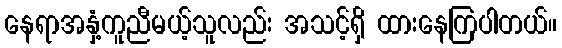
နေရာအနှံ့ကူညီမယ့်သူလည်း အသင့်ရှိ ထားနေကြပါတယ်။